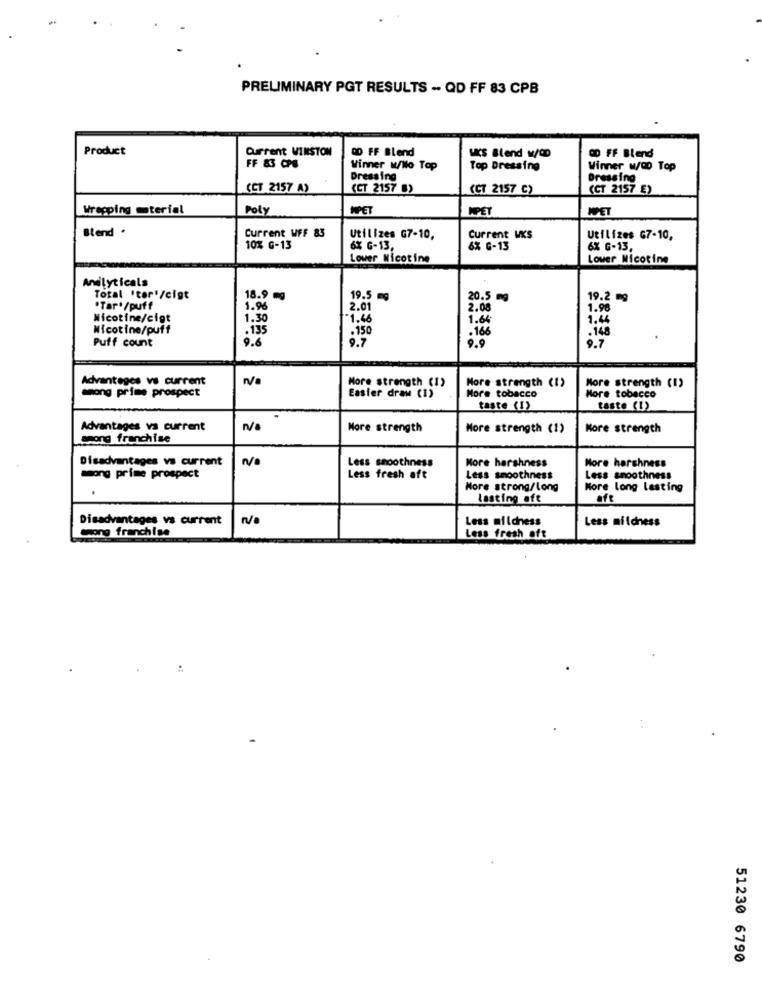
PRELIMINARY PGT RESULTS - QD FF 83 CPB
Product
DO FF Blend
WCS Blend w/OD
OD FF Blend
Current WINSTON
FF 83 CPS
Winner w/No Top
Top Dressing
Winner w/00 Top
Dressing
Dressing
(CT 2157 A)
(CT 2157 8)
(CT 2157 C)
(CT 2157 E)
Wrapping material
Poly
MPET
NPET
WET
Blend .
Current WFF 83
Utilizes G7-10,
Current WKS
Utilizes G7-10,
10% G-13
6% G-13,
6% G-13
6% G-13,
Lower Nicotine
Lower Nicotine
Andlyticals
Total 'tor'/cigt
18.9 mg
19.5 mg
20.5 mg
19.2 mg
.Tar./puff
1.96
2.01
2.08
1.9
Nicotine/cigt
1.30
1.46
1.64
1.44
Nicotine/puff
.135
.150
.168
.148
Puff count
9.6
Advantages vs current
More strength (1)
More strength (1)
mong prime prospect
More tobacco
More strength (1)
Easter draw (1)
More tobacco
taste (1)
taste (I)
Advantages vs current
n/a
More strength
More strength (1)
More strength
among franchise
Disadvantages vs current
Less smoothness
More harshness
More harshness
mong prime prospect
Less fresh aft
Less smoothness
Less smoothness
More strong/long
More long lasting
lasting oft
oft
Disadvantages vs current
Less mildness
Less mildness
mong franchise
Less fresh oft
51230 6790